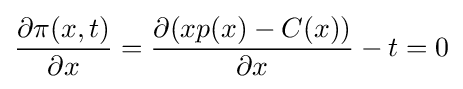
{\frac {\partial \pi (x,t)}{\partial x}}={\frac {\partial (xp(x)-C(x))}{\partial x}}-t=0